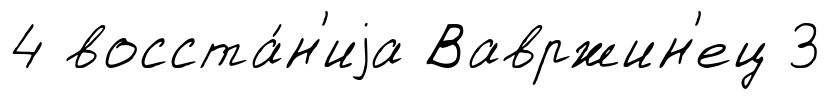
4 восста́н'иjа Вавржин'ец 3